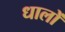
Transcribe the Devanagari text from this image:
धालों